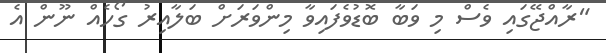
"ރާއްޖޭގައި ވެސް މި ވަބާ ބޮޑުވެފައިވާ މިންވަރަށް ބަލާއިރު ގޯހެއް ނޫން އެ